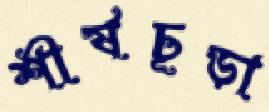
শীর্ষচূড়া